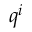
q ^ { i }